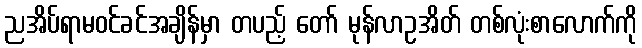
ညအိပ်ရာမဝင်ခင်အချိန်မှာ တပည့် တော် မုန်လာဥအိတ် တစ်လုံးစာလောက်ကို